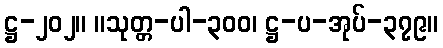
ဋ္ဌ-၂၀၂။ ။သုတ္တ-ပါ-၃၀၀၊ ဋ္ဌ-ပ-အုပ်-၃၇၉။